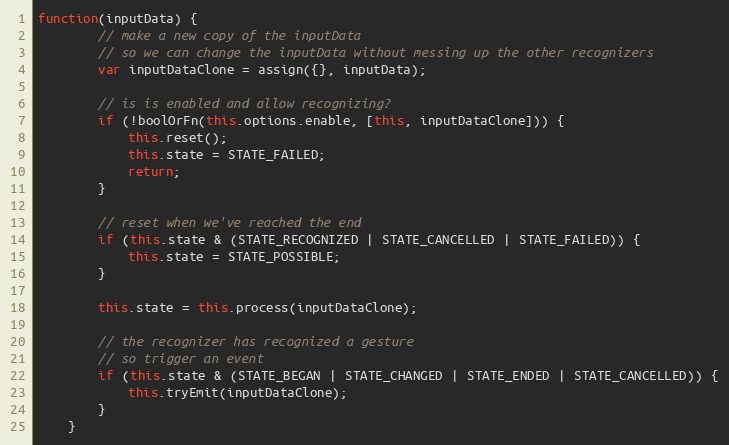
Language: JavaScript
function(inputData) {
        // make a new copy of the inputData
        // so we can change the inputData without messing up the other recognizers
        var inputDataClone = assign({}, inputData);

        // is is enabled and allow recognizing?
        if (!boolOrFn(this.options.enable, [this, inputDataClone])) {
            this.reset();
            this.state = STATE_FAILED;
            return;
        }

        // reset when we've reached the end
        if (this.state & (STATE_RECOGNIZED | STATE_CANCELLED | STATE_FAILED)) {
            this.state = STATE_POSSIBLE;
        }

        this.state = this.process(inputDataClone);

        // the recognizer has recognized a gesture
        // so trigger an event
        if (this.state & (STATE_BEGAN | STATE_CHANGED | STATE_ENDED | STATE_CANCELLED)) {
            this.tryEmit(inputDataClone);
        }
    }